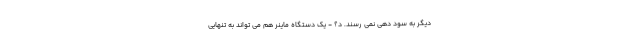
دیگر به سود دهی نمی رسند. د؟ - یک دستگاه ماینر هم می تواند به تنهایی